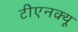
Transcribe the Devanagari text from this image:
टीएनक्यू